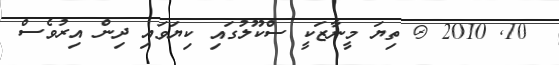
10